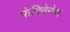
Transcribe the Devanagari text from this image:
फंतिवेरोस